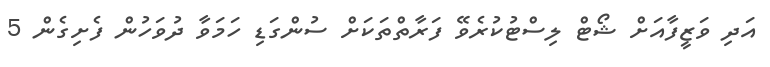
އަދި ވަޒީފާއަށް ޝޯޓް ލިސްޓުކުރެވޭ ފަރާތްތަކަށް ސުންގަޑި ހަމަވާ ދުވަހުން ފެށިގެން 5